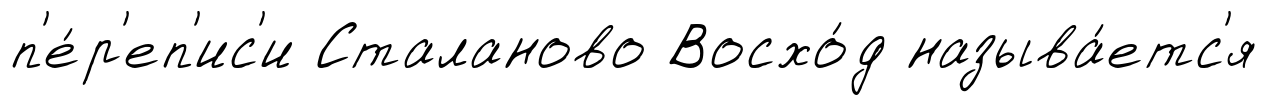
п'е́р'еп'ис'и Сталаново Восхо́д называ́етс'я